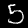
Label: 5